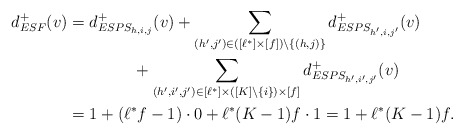
\begin{align*}d_{ESF}^+(v)&=d_{ESPS_{h,i,j}}^+(v)+\sum_{(h',j')\in ([\ell^*]\times [f])\setminus \{(h,j)\}} d_{ESPS_{h',i,j'}}^+(v)\\ &\qquad\qquad+\sum_{(h',i',j')\in [\ell^*]\times ([K]\setminus \{i\})\times [f]}d_{ESPS_{h',i',j'}}^+(v)\\&=1+(\ell^*f-1)\cdot 0+\ell^*(K-1)f\cdot 1=1+\ell^*(K-1)f.\end{align*}